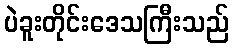
ပဲခူးတိုင်းဒေသကြီးသည်